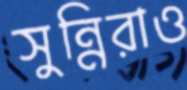
সুন্নিরাও